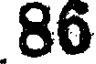
86